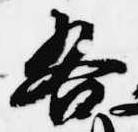
各